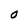
Character: O